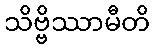
သိဗ္ဗိဿာမီတိ